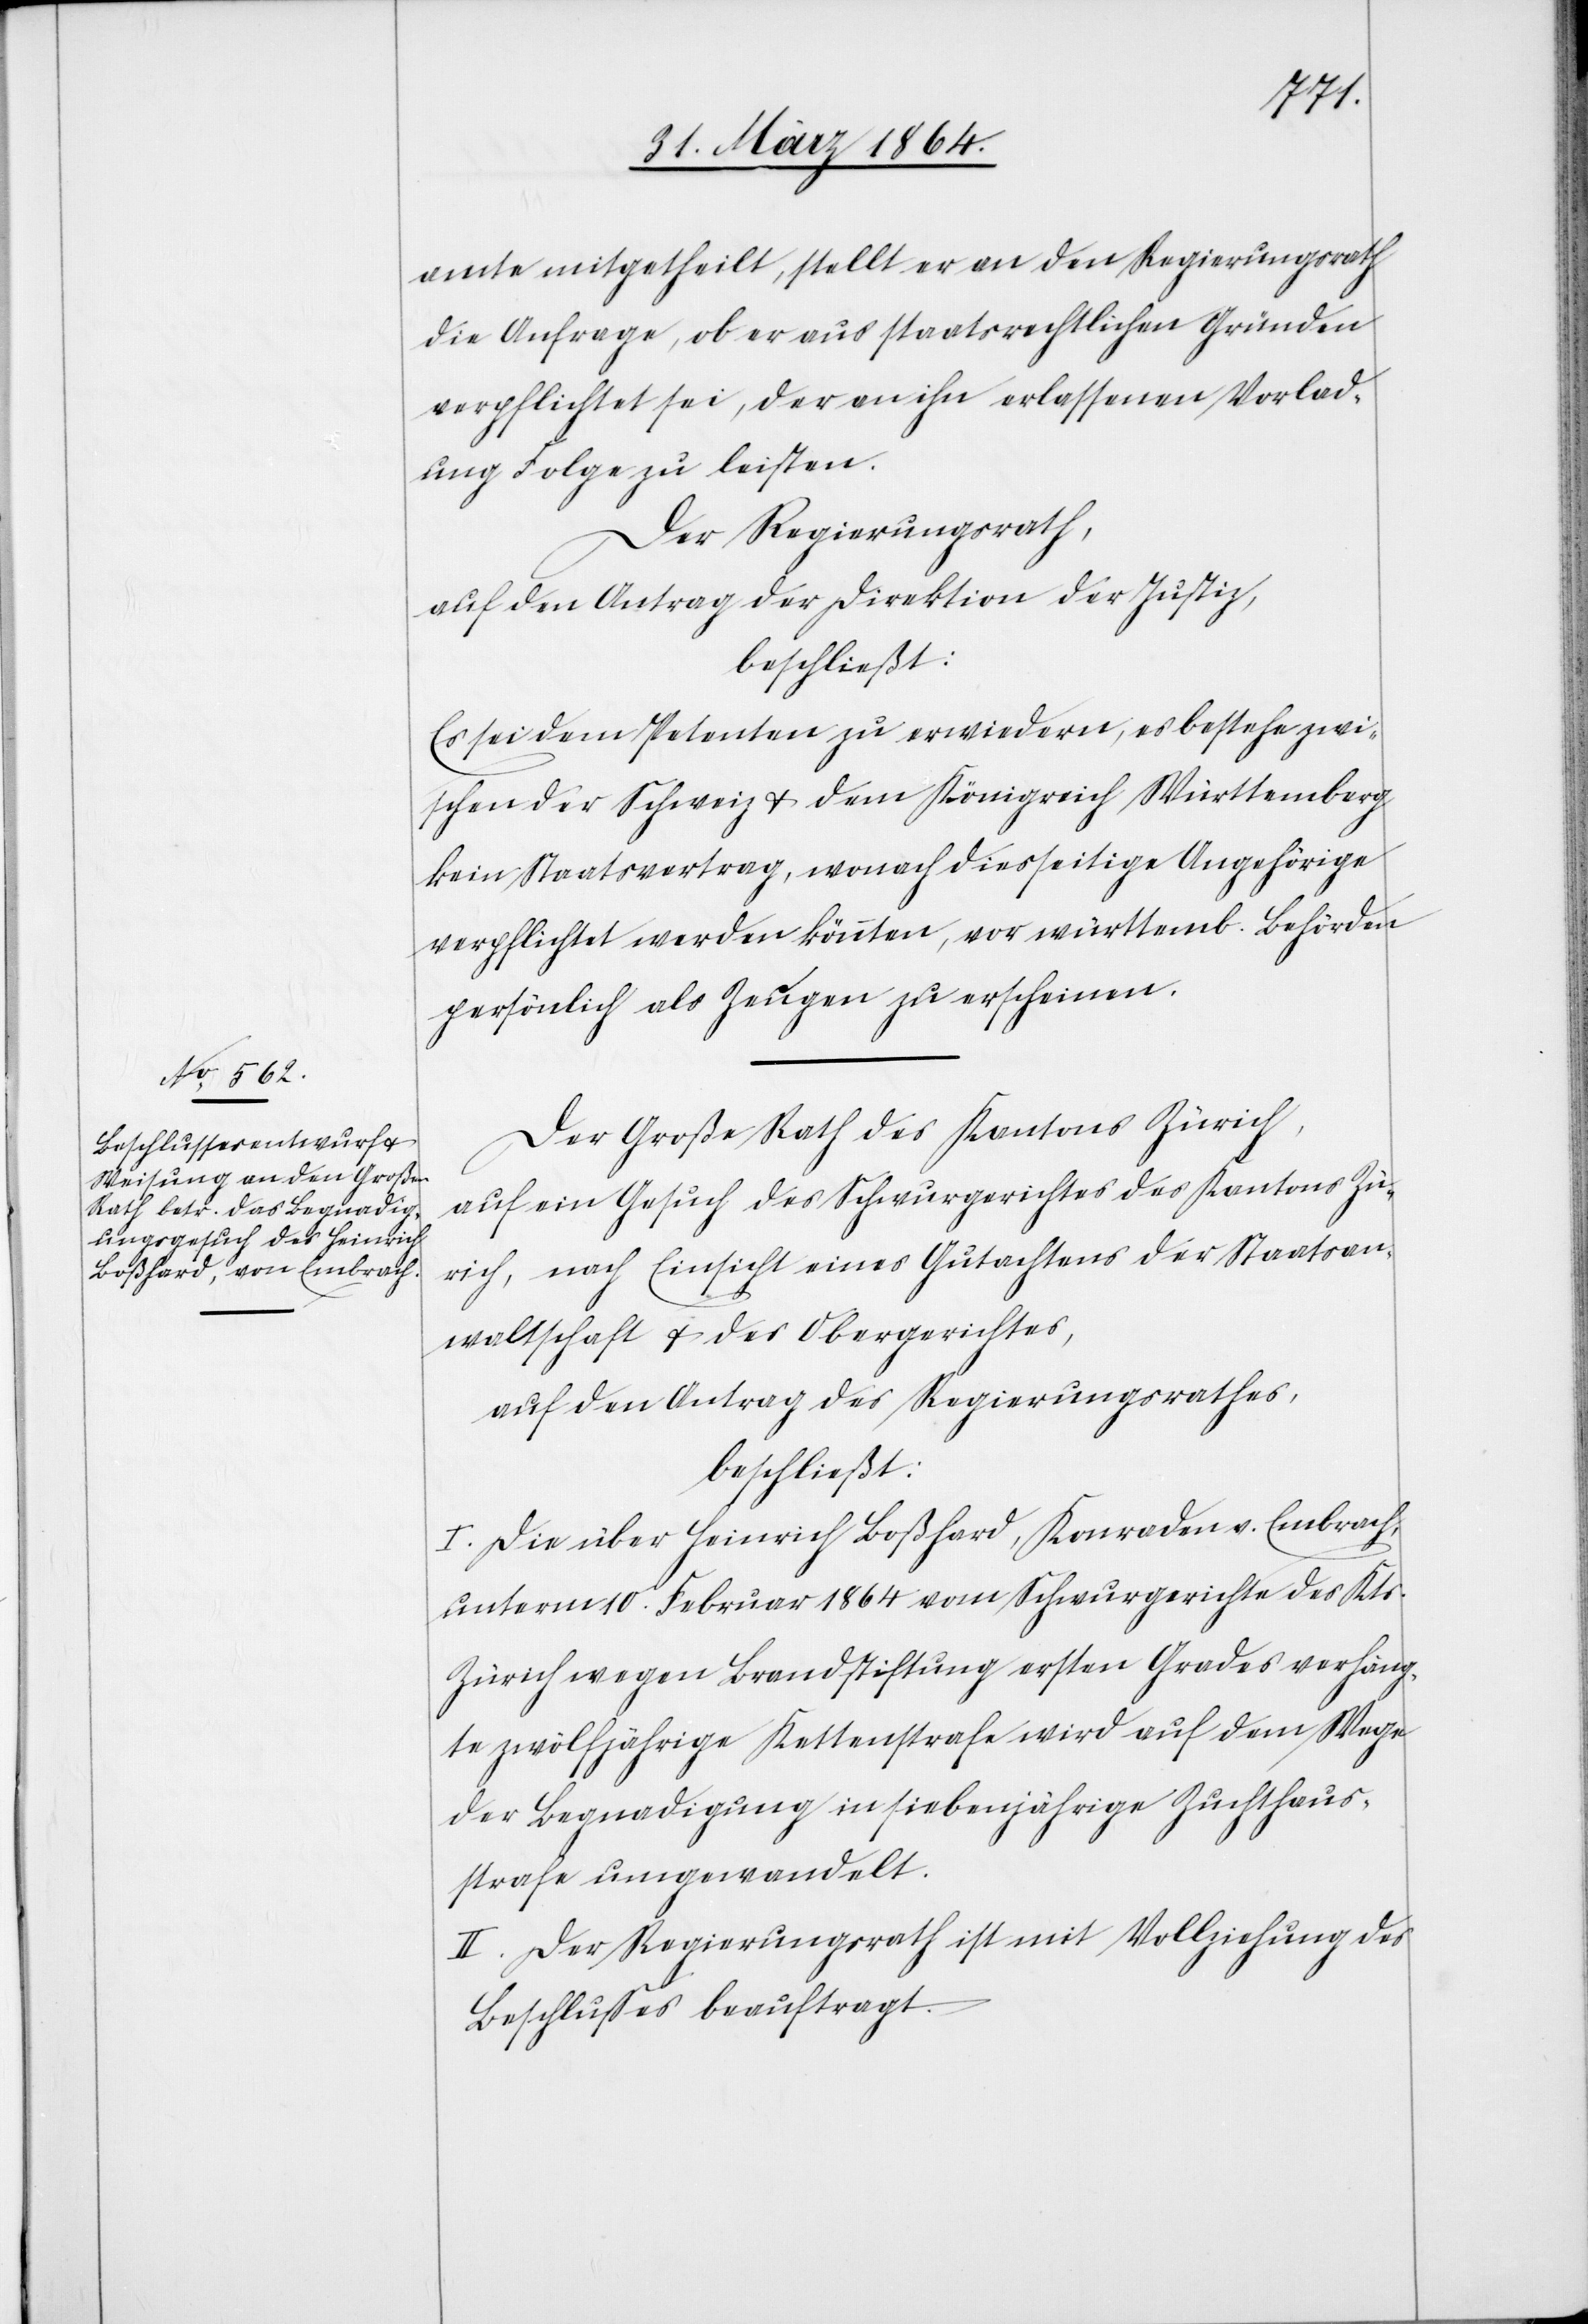
amte mitgetheilt, stellt er an den Regierungsrath
die Anfrage, ob er aus staatsrechtlichen Gründen
verpflichtet sei, der an ihn erlassenen Vorlad¬
ung Folge zu leisten.
Der Regierungsrath,
auf den Antrag der Direktion der Justiz,
beschließt:
Es sei dem Petenten zu erwiedern, es bestehe zwi¬
schen der Schweiz u. dem Königreich Württemberg
kein Staatsvertrag, wonach diesseitige Angehörige
verpflichtet werden könnten, vor württemb. Behörden
persönlich als Zeuge zu erscheinen.
Der Große Rath des Kantons Zürich,
auf ein Gesuch des Schwurgerichtes des Kantons Zü¬
rich, nach Einsicht eines Gutachtens der Staatsan¬
waltschaft u. des Obergerichtes,
auf den Antrag des Regierungsrathes,
beschließt:
I. Die über Heinrich Boßhard, Konraden v. Embrach,
unterm 10. Februar 1864 vom Schwurgerichte des Kts.
Zürich wegen Brandstiftung ersten Grades verhäng¬
te zwölfjährige Kettenstrafe wird auf dem Wege
der Begnadigung in siebenjährige Zuchthaus¬
strafe umgewandelt.
II. Der Regierungsrath ist mit Vollziehung des
Beschlusses beauftragt.